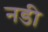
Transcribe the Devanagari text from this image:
नडी